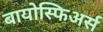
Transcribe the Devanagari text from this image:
बायोस्फिअर्स